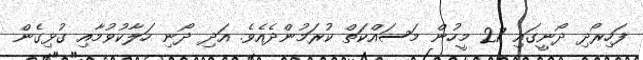
ފަހިރޯދި ދޯނީގައި 27 މީހުން މަސައްކަތް ކުރަމުންދެއެވެ. އަދި ދޯނި ހަލާކުވުމާއި ގުޅިގެން